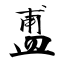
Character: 盙